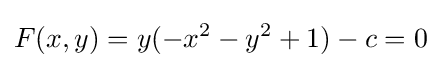
F(x,y)=y(-x^{2}-y^{2}+1)-c=0